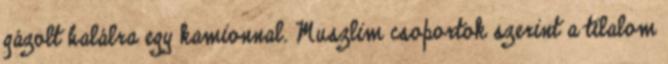
gázolt halálra egy kamionnal. Muszlim csoportok szerint a tilalom